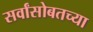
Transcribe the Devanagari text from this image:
सर्वांसोबतच्या